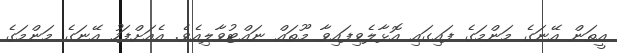
އީތަން އޭނަގެ މަންމަގެ ފައިގައި އޮޅާލެވިފައިވާ މޫތައް ނައްޓުވާލިއެވެ. އެއަށްފަހު އޭނަގެ މަންމަގެ